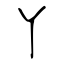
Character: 丫